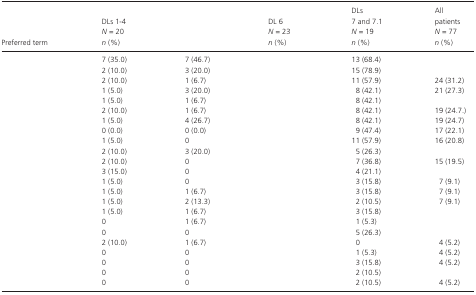
<table><thead><tr><td><b>Preferred term</b></td><td><b>DLs 1‐4 <i>N</i> = 20 <i>n</i> (%)</b></td><td>[EMPTY_CELL]</td><td><b>DL 6 <i>N</i> = 23 <i>n</i> (%)</b></td><td><b>DLs 7 and 7.1 <i>N</i> = 19 <i>n</i> (%)</b></td><td><b>All patients <i>N</i> = 77 <i>n</i> (%)</b></td></tr></thead><tbody><tr><td>[EMPTY_CELL]</td><td>7 (35.0)</td><td>7 (46.7)</td><td>[EMPTY_CELL]</td><td>13 (68.4)</td><td>[EMPTY_CELL]</td></tr><tr><td>[EMPTY_CELL]</td><td>2 (10.0)</td><td>3 (20.0)</td><td>[EMPTY_CELL]</td><td>15 (78.9)</td><td>[EMPTY_CELL]</td></tr><tr><td>[EMPTY_CELL]</td><td>2 (10.0)</td><td>1 (6.7)</td><td>[EMPTY_CELL]</td><td>11 (57.9)</td><td>24 (31.2)</td></tr><tr><td>[EMPTY_CELL]</td><td>1 (5.0)</td><td>3 (20.0)</td><td>[EMPTY_CELL]</td><td>8 (42.1)</td><td>21 (27.3)</td></tr><tr><td>[EMPTY_CELL]</td><td>1 (5.0)</td><td>1 (6.7)</td><td>[EMPTY_CELL]</td><td>8 (42.1)</td><td>[EMPTY_CELL]</td></tr><tr><td>[EMPTY_CELL]</td><td>2 (10.0)</td><td>1 (6.7)</td><td>[EMPTY_CELL]</td><td>8 (42.1)</td><td>19 (24.7.)</td></tr><tr><td>[EMPTY_CELL]</td><td>1 (5.0)</td><td>4 (26.7)</td><td>[EMPTY_CELL]</td><td>8 (42.1)</td><td>19 (24.7)</td></tr><tr><td>[EMPTY_CELL]</td><td>0 (0.0)</td><td>0 (0.0)</td><td>[EMPTY_CELL]</td><td>9 (47.4)</td><td>17 (22.1)</td></tr><tr><td>[EMPTY_CELL]</td><td>1 (5.0)</td><td>0</td><td>[EMPTY_CELL]</td><td>11 (57.9)</td><td>16 (20.8)</td></tr><tr><td>[EMPTY_CELL]</td><td>2 (10.0)</td><td>3 (20.0)</td><td>[EMPTY_CELL]</td><td>5 (26.3)</td><td>[EMPTY_CELL]</td></tr><tr><td>[EMPTY_CELL]</td><td>2 (10.0)</td><td>0</td><td>[EMPTY_CELL]</td><td>7 (36.8)</td><td>15 (19.5)</td></tr><tr><td>[EMPTY_CELL]</td><td>3 (15.0)</td><td>0</td><td>[EMPTY_CELL]</td><td>4 (21.1)</td><td>[EMPTY_CELL]</td></tr><tr><td>[EMPTY_CELL]</td><td>1 (5.0)</td><td>0</td><td>[EMPTY_CELL]</td><td>3 (15.8)</td><td>7 (9.1)</td></tr><tr><td>[EMPTY_CELL]</td><td>1 (5.0)</td><td>1 (6.7)</td><td>[EMPTY_CELL]</td><td>3 (15.8)</td><td>7 (9.1)</td></tr><tr><td>[EMPTY_CELL]</td><td>1 (5.0)</td><td>2 (13.3)</td><td>[EMPTY_CELL]</td><td>2 (10.5)</td><td>7 (9.1)</td></tr><tr><td>[EMPTY_CELL]</td><td>1 (5.0)</td><td>1 (6.7)</td><td>[EMPTY_CELL]</td><td>3 (15.8)</td><td>[EMPTY_CELL]</td></tr><tr><td>[EMPTY_CELL]</td><td>0</td><td>1 (6.7)</td><td>[EMPTY_CELL]</td><td>1 (5.3)</td><td>[EMPTY_CELL]</td></tr><tr><td>[EMPTY_CELL]</td><td>0</td><td>0</td><td>[EMPTY_CELL]</td><td>5 (26.3)</td><td>[EMPTY_CELL]</td></tr><tr><td>[EMPTY_CELL]</td><td>2 (10.0)</td><td>1 (6.7)</td><td>[EMPTY_CELL]</td><td>0</td><td>4 (5.2)</td></tr><tr><td>[EMPTY_CELL]</td><td>0</td><td>0</td><td>[EMPTY_CELL]</td><td>1 (5.3)</td><td>4 (5.2)</td></tr><tr><td>[EMPTY_CELL]</td><td>0</td><td>0</td><td>[EMPTY_CELL]</td><td>3 (15.8)</td><td>4 (5.2)</td></tr><tr><td>[EMPTY_CELL]</td><td>0</td><td>0</td><td>[EMPTY_CELL]</td><td>2 (10.5)</td><td>[EMPTY_CELL]</td></tr><tr><td>[EMPTY_CELL]</td><td>0</td><td>0</td><td>[EMPTY_CELL]</td><td>2 (10.5)</td><td>4 (5.2)</td></tr></tbody></table>